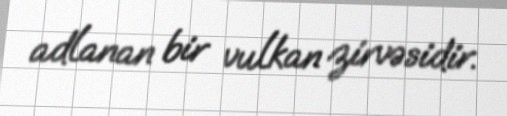
adlanan bir vulkan zirvəsidir.